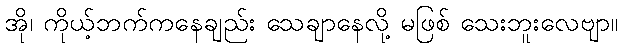
အို၊ ကိုယ့်ဘက်ကနေချည်း သေချာနေလို့ မဖြစ် သေးဘူးလေဗျာ။